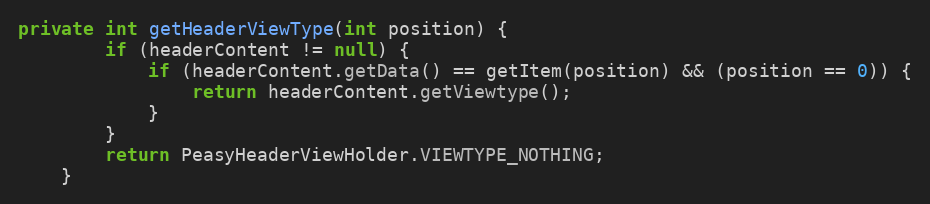
Language: Java
private int getHeaderViewType(int position) {
        if (headerContent != null) {
            if (headerContent.getData() == getItem(position) && (position == 0)) {
                return headerContent.getViewtype();
            }
        }
        return PeasyHeaderViewHolder.VIEWTYPE_NOTHING;
    }